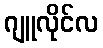
ဂျူလိုင်လ